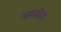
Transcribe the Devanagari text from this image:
कंकालिन